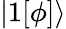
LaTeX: |1[\phi]\rangle